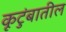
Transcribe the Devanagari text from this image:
कूटुंबातील